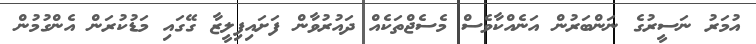
އުމަރު ނަސީރުގެ ނަންބަރުން އަނެއްކާވެސް މެސެޖްތަކެއް ދައުރުވާން ފަށައިފިލީޒާ ގޭގައި މަޑުކުރަން އެންގުމުން